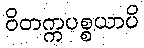
ဝိတက္ကပစ္စယာပိ